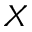
X